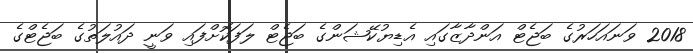
2018 ވަނައަހަރުގެ ބަޖެޓް އަންދާޒާގައި އެޑިޔުކޭޝަންގެ ބަޖެޓް ލަފަކޮށްފައި ވަނީ ދައުލަތުގެ ބަޖެޓްގެ